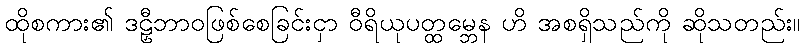
ထိုစကား၏ ဒဠှီဘာဝဖြစ်စေခြင်းငှာ ဝီရိယုပတ္ထမ္ဘေန ဟိ အစရှိသည်ကို ဆိုသတည်း။